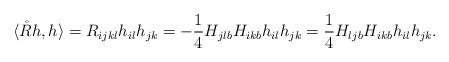
LaTeX: \begin{align*} \langle\mathring{R}h,h \rangle=R_{ijkl}h_{il}h_{jk}=-\frac{1}{4}H_{jlb}H_{ikb}h_{il}h_{jk}=\frac{1}{4}H_{ljb}H_{ikb}h_{il}h_{jk}.\end{align*}